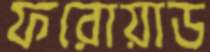
ফরোয়াড